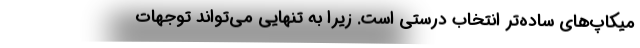
میکاپ‌های ساده‌تر انتخاب درستی است. زیرا به تنهایی می‌تواند توجهات